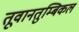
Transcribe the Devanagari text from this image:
तूवानतुम्बिकल